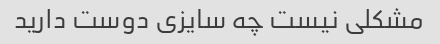
مشکلی نیست چه سایزی دوست دارید